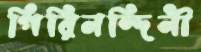
গিরিনন্দিনী